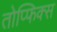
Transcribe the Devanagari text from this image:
तोप्फिक्स